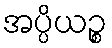
အပ္ပိယဉ္စ